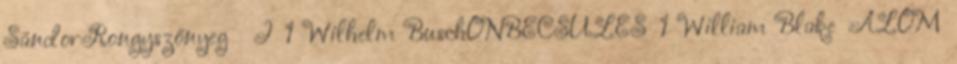
SándorRongyszőnyeg I 1 Wilhelm BuschÖNBECSÜLÉS 1 William Blake ÁLOM